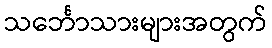
သင်္ဘောသားများအတွက်